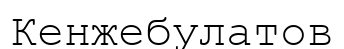
Кенжебулатов